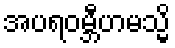
အပရဝမ္ဘီဟမသ္မိ